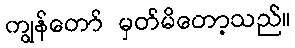
ကျွန်တော် မှတ်မိတော့သည်။